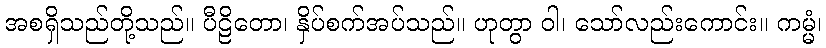
အစရှိသည်တို့သည်။ ပီဠိတော၊ နှိပ်စက်အပ်သည်။ ဟုတွာ ဝါ၊ သော်လည်းကောင်း။ ကမ္မံ၊